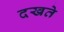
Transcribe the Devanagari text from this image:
दखते